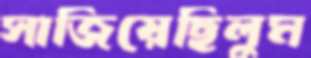
সাজিয়েছিলুম